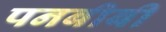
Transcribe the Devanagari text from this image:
पनबीबी